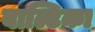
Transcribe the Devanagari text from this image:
बाल्टिका